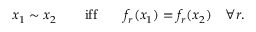
x _ { 1 } \sim x _ { 2 } \qquad \mathrm { i f f } \qquad f _ { r } ( x _ { 1 } ) = f _ { r } ( x _ { 2 } ) \quad \forall r .